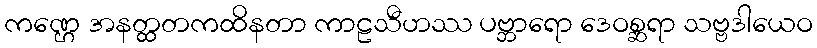
ကဏ္ဌေ အနတ္ထတကထိနတာ ကာဠသီဟဿ ပဗ္ဘာရော ဒေဝစ္ဆရာ သဗ္ဗဒါယေဝ